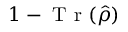
1 - \mathrm { ~ T ~ r ~ } ( \hat { \rho } )